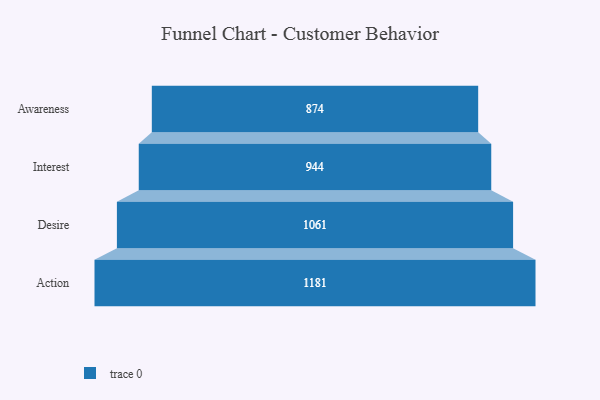
{"axis": {"x": "Stage", "y": "Value"}, "legend": [""], "data": [{"x": "Awareness", "y": 874.0, "type": ""}, {"x": "Interest", "y": 944.0, "type": ""}, {"x": "Desire", "y": 1061.0, "type": ""}, {"x": "Action", "y": 1181.0, "type": ""}]}